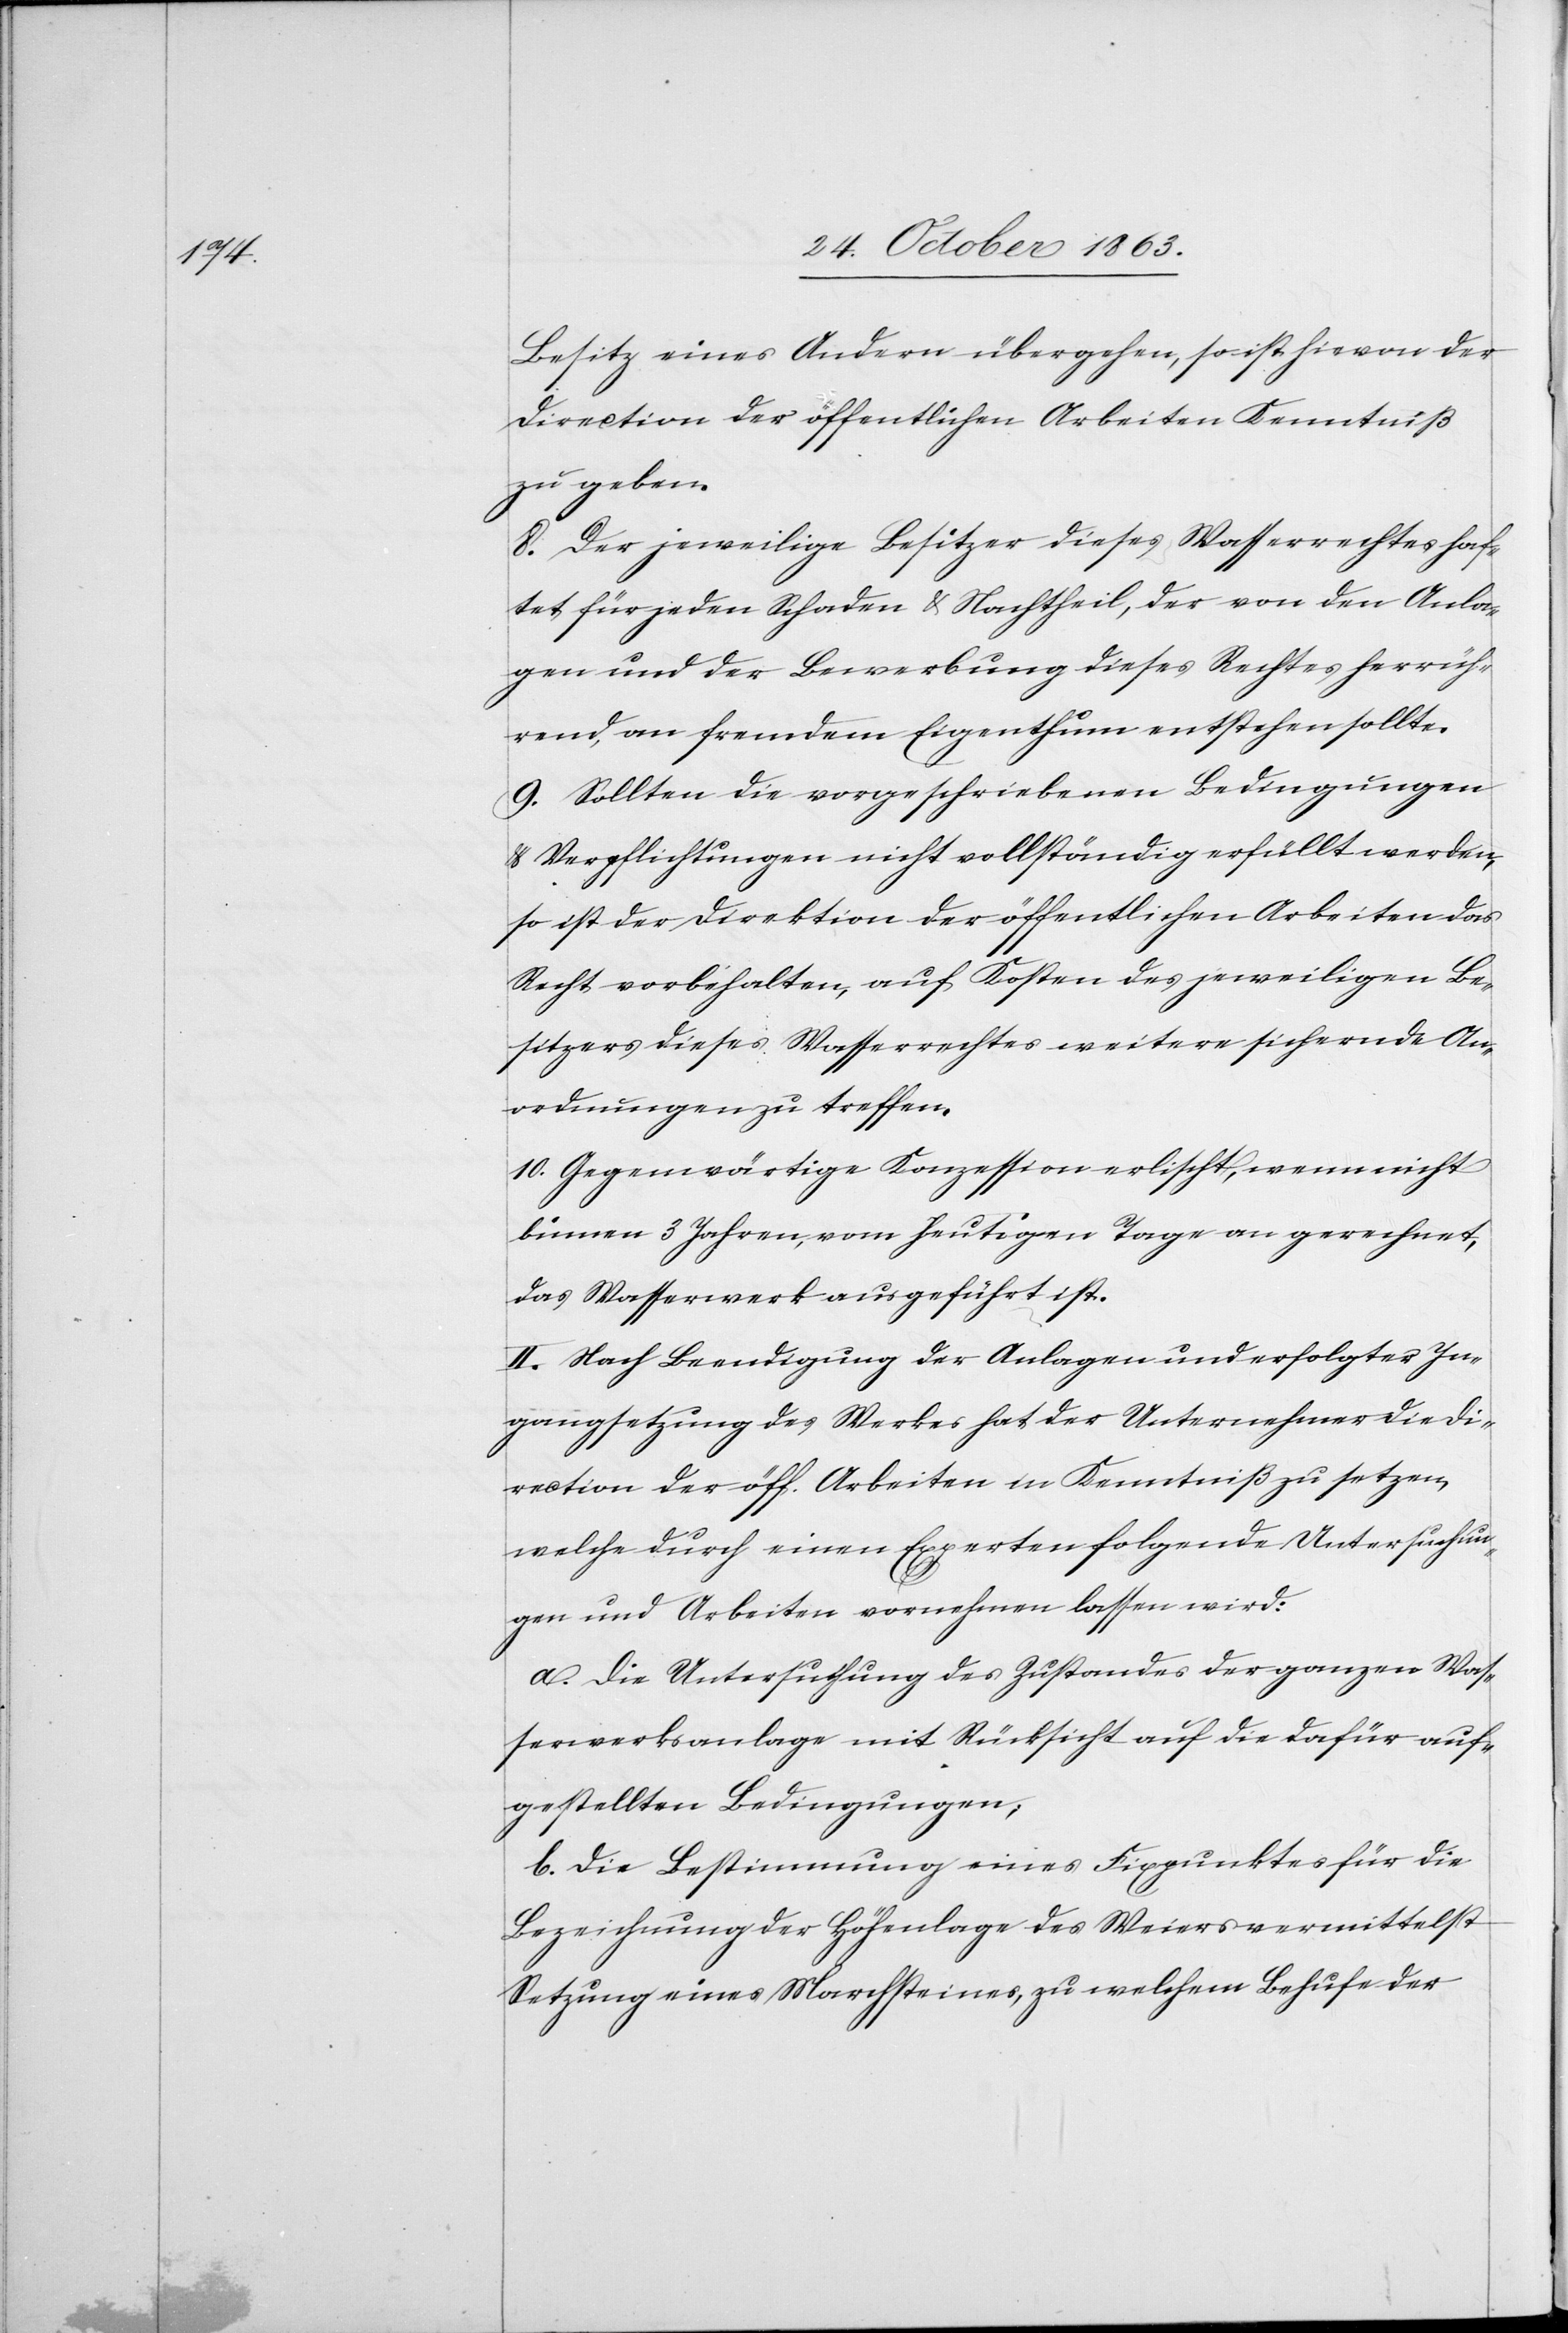
Besitz eines Andern übergehen, so ist hievon der
Direction der öffentlichen Arbeiten Kenntniß
zu geben.
8. Der jeweilige Besitzer dieses Wasserrechtes haf¬
tet für jeden Schaden & Nachtheil, der von den Anla¬
gen und der Bewerbung dieses Rechtes herrüh¬
rend, an fremdem Eigenthum entstehen sollte.
9. Sollten die vorgeschriebenen Bedingungen
& Verpflichtungen nicht vollständig erfüllt werden,
so ist der Direktion der öffentlichen Arbeiten das
Recht vorbehalten, auf Kosten des jeweiligen Be¬
sitzers dieses Wasserrechtes weitere sichernde An¬
ordnungen zu treffen.
10. Gegenwärtige Konzession erlischt, wenn nicht
binnen 3 Jahren, vom heutigen Tage an gerechnet,
das Wasserwerk ausgeführt ist.
II. Nach Beendigung der Anlagen und erfolgter In¬
gangsetzung des Werkes hat der Unternehmer die Di¬
rection der öff. Arbeiten in Kenntniß zu setzen,
welche durch einen Experten folgende Untersuchun¬
gen und Arbeiten vornehmen lassen wird:
a. Die Untersuchung des Zustandes der ganzen Was¬
serwerksanlage mit Rücksicht auf die dafür auf¬
gestellten Bedingungen;
b. Die Bestimmung eines Fixpunktes für die
Bezeichnung der Höhenlage des Weiers vermittelst
Setzung eines Marchsteines, zu welchem Behufe der